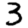
Digit: 3